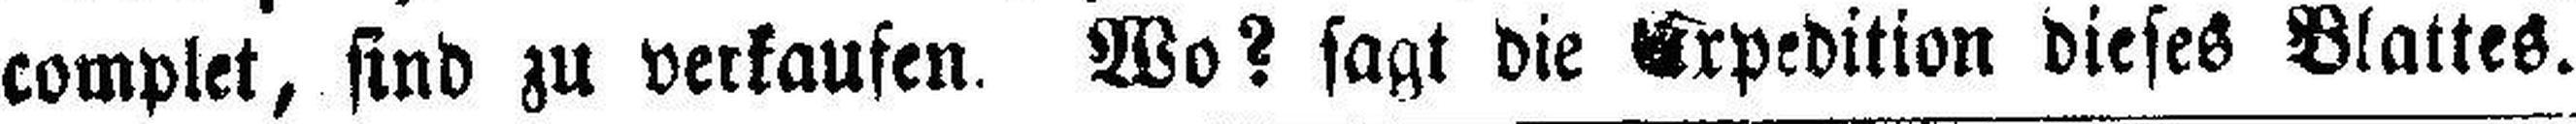
complet, sind zu verkaufen. Wo? sagt die Expedition dieses Blattes.